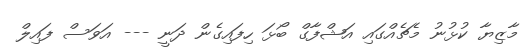
މާޒިޔާ ކުޅުނު މެޗެއްގައި އަޝްފާގް ބޯޅަ ހިފައިގެން ދަނީ --- އަވަސް ފައިލް